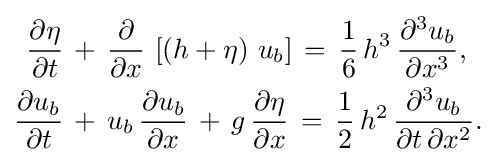
{\begin{aligned}{\frac {\partial \eta }{\partial t}}\,&+\,{\frac {\partial }{\partial x}}\,\left[\left(h+\eta \right)\,u_{b}\right]\,=\,{\frac {1}{6}}\,h^{3}\,{\frac {\partial ^{3}u_{b}}{\partial x^{3}}},\\{\frac {\partial u_{b}}{\partial t}}\,&+\,u_{b}\,{\frac {\partial u_{b}}{\partial x}}\,+\,g\,{\frac {\partial \eta }{\partial x}}\,=\,{\frac {1}{2}}\,h^{2}\,{\frac {\partial ^{3}u_{b}}{\partial t\,\partial x^{2}}}.\end{aligned}}